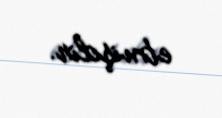
etmişdir.